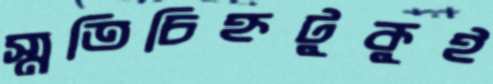
স্মৃতিচিহ্নটুকুই